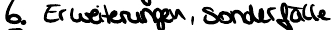
6. Erweiterungen, Sonderfälle